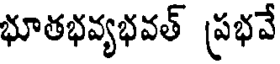
భూతభవ్యభవత్ ప్రభవే